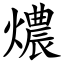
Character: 燶